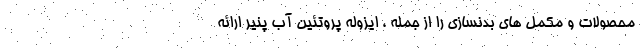
محصولات و مکمل های بدنسازی را از جمله ، ایزوله پروتئین آب پنیر ارائه